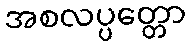
အစလပ္ပတ္တော